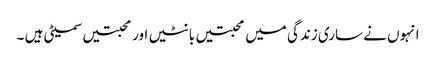
انہوں نے ساری زندگی میں محبتیں بانٹیں اور محبتیں سمیٹی ہیں ۔